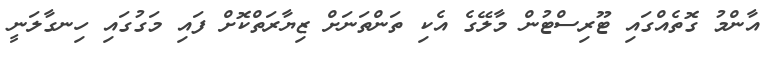
އާންމު ގޮތެއްގައި ޓޫރިސްޓުން މާލޭގެ އެކި ތަންތަނަށް ޒިޔާރަތްކޮށް ފައި މަގުގައި ހިނގާލަނީ